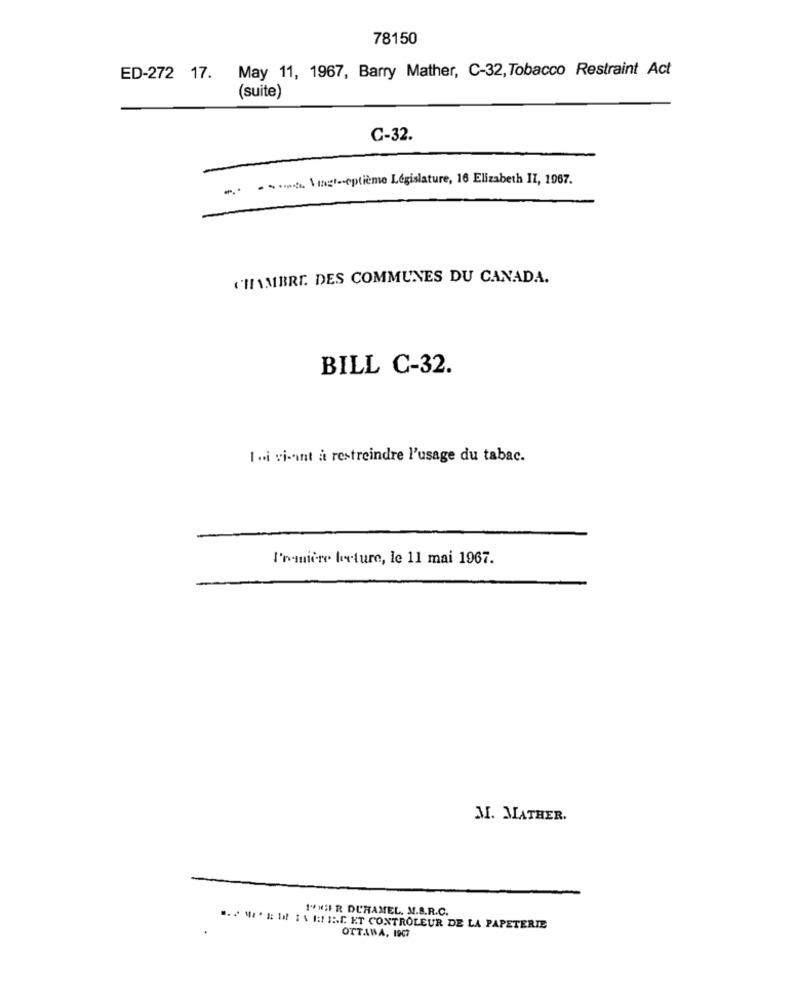
78150
ED-272 17. May 11, 1967, Barry Mather, C-32, Tobacco Restraint Act
(suite)
C-32.
... .. Vingt-septième Legislature, 16 Elizabeth II, 1967.
CHAMBRE. DES COMMUNES DU CANADA.
BILL C-32.
1 .i vi-aint à restreindre l'usage du tabac.
I'mquiere lecture, le 11 mai 1967.
M. MATHER.
14 1;I R DUHAMEL. M.S.R.C.
... #*# # :\1:1:[. ET CONTRÔLEUR DE LA PAPETERIE
OTTAWA, 1907